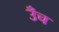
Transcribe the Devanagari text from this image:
उँच